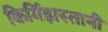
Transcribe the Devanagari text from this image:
किर्गिझस्तानी